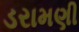
ડરામણી